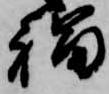
福